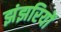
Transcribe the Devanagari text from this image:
झंझरियों